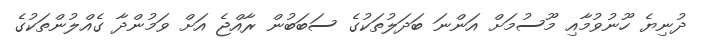
ދުނިޔެ ހޫނުވުމާއި މޫސުމަށް އަންނަ ބަދަލުތަކުގެ ސަބަބުން ރާއްޖެ އަށް ވަމުންދާ ގެއްލުންތަކުގެ